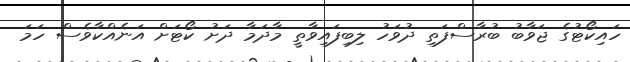
ހައިކޯޓުގެ ޖަވާބު ބުރާސްފަތި ދުވަހު ލިބިފައިވާތީ މާދަމާ ދަށު ކޯޓަށް އަނެއްކާވެސް ހަމަ